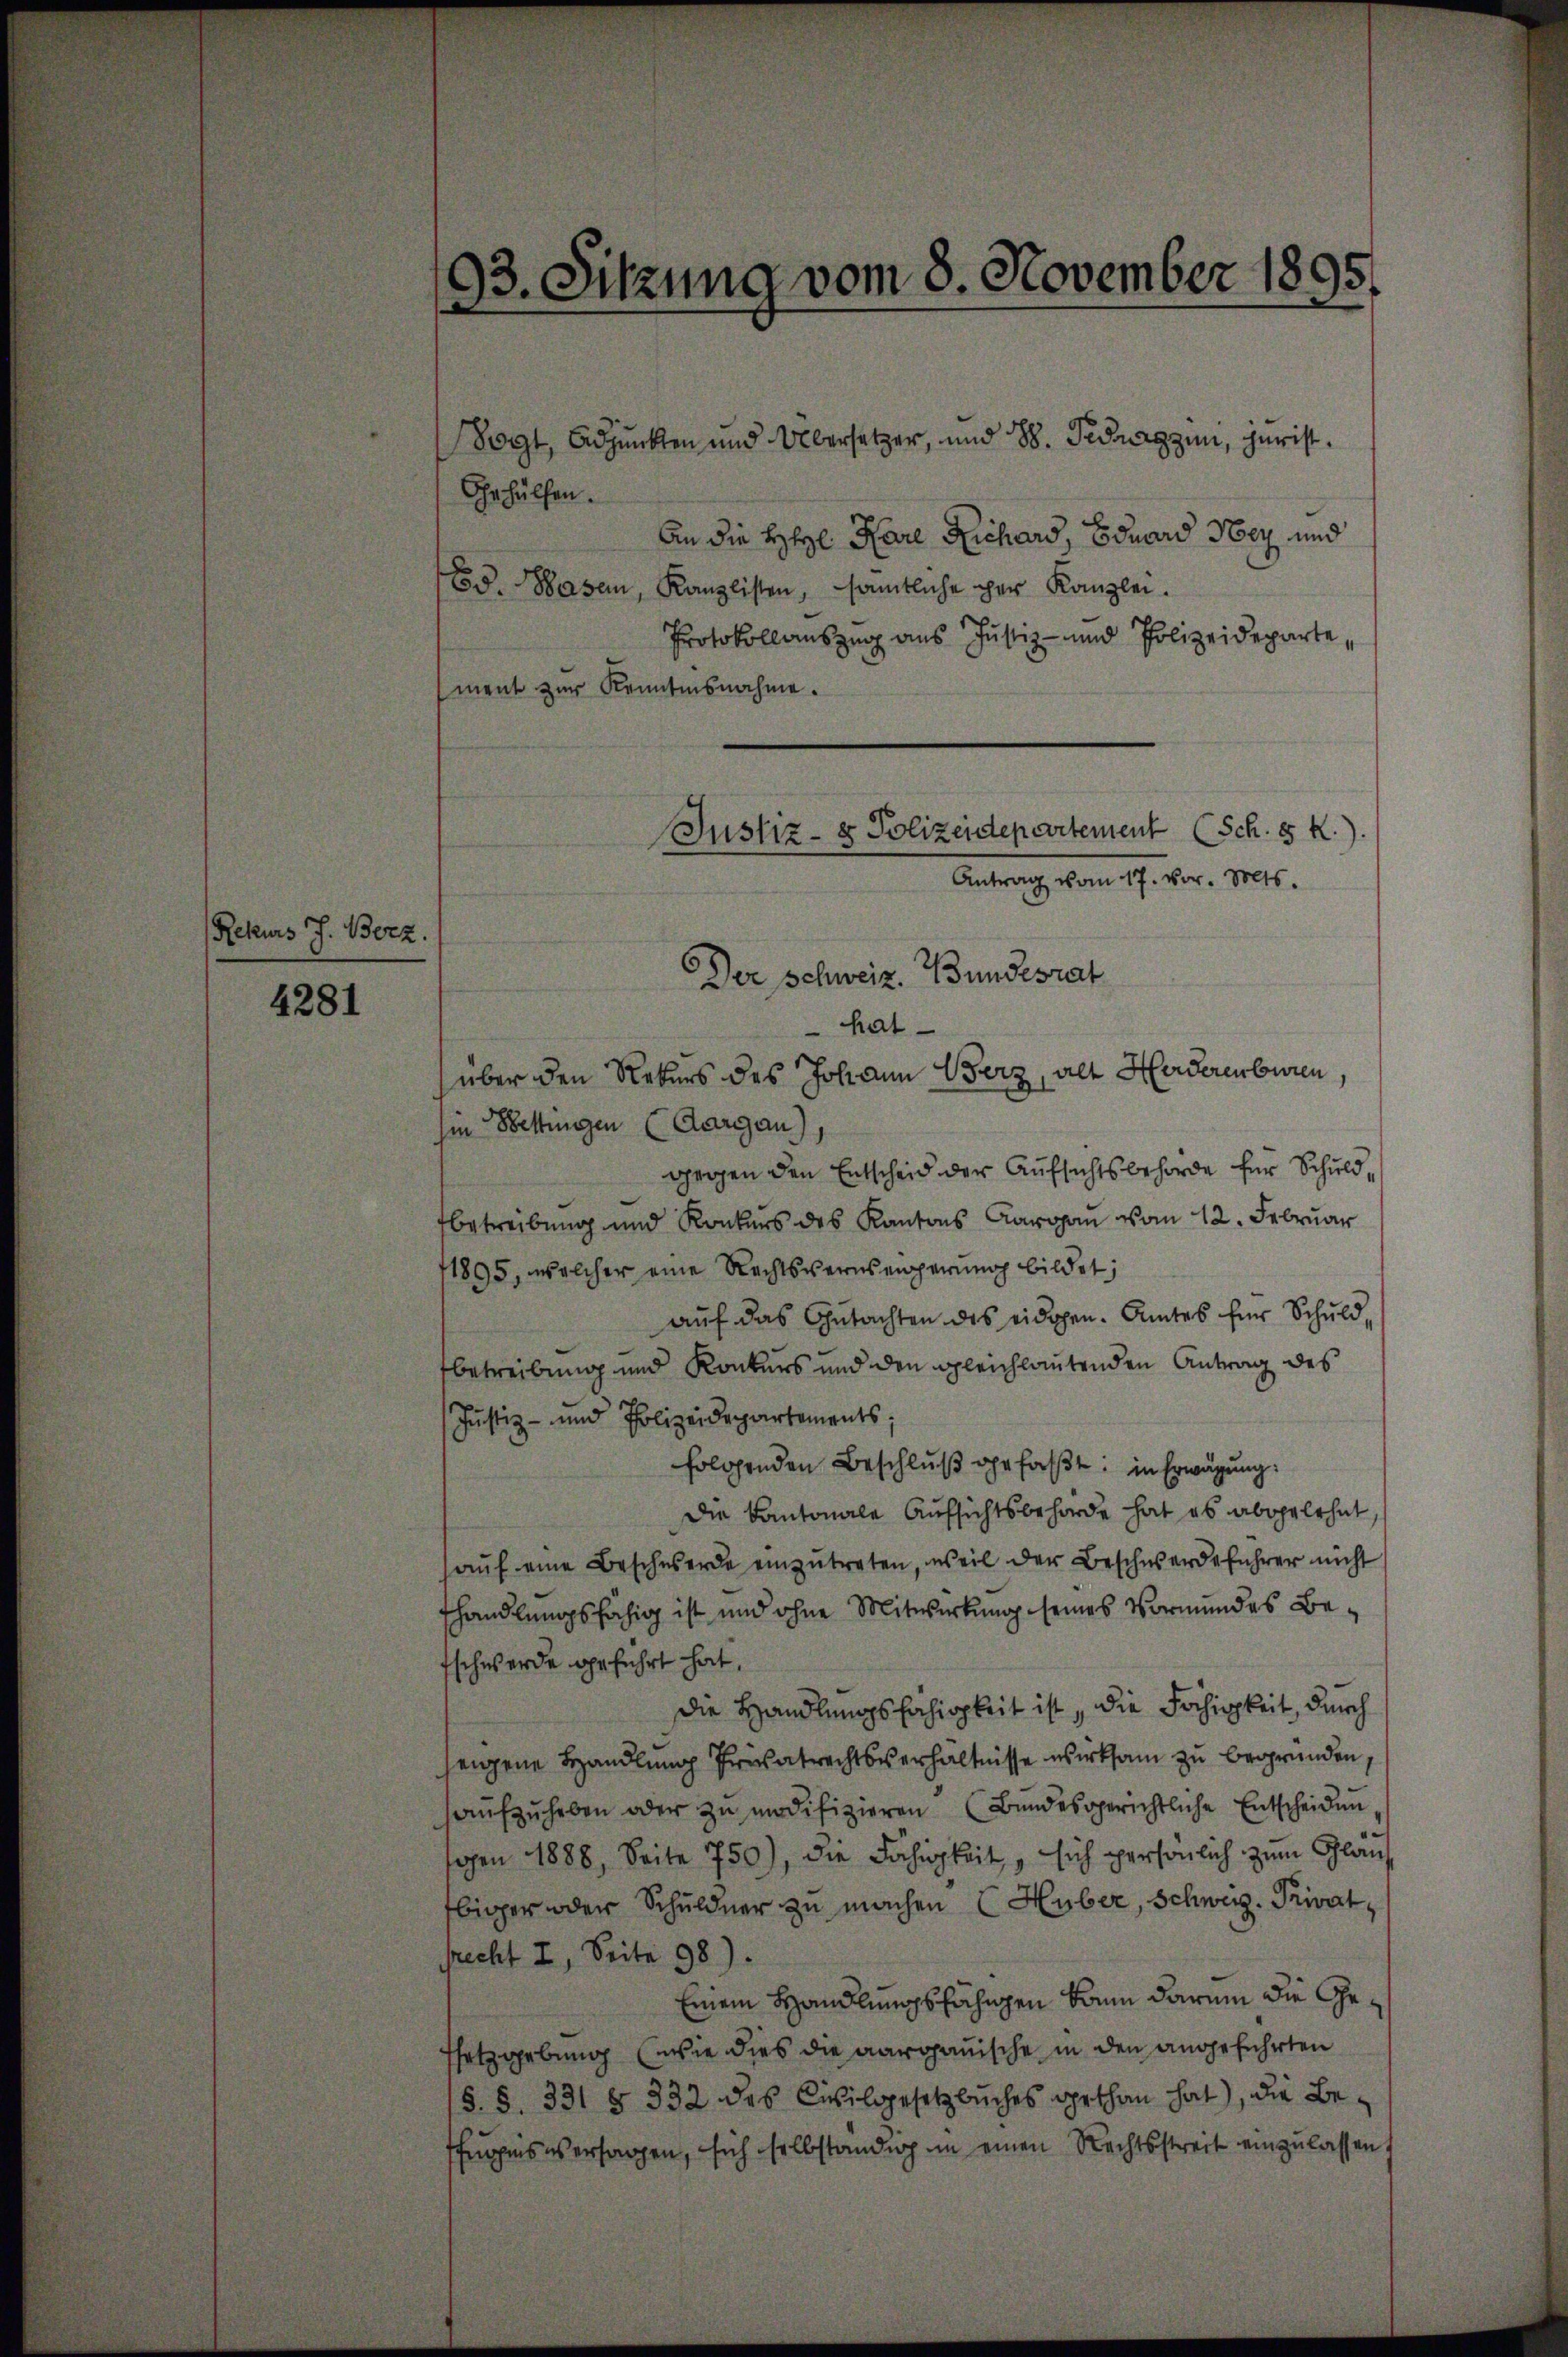
Rekurs J. Borz.

4281

93. Sitzung vom 8. November 1895.

Vogt, Adjunkten und Übersetzer, und 88. Fedrazzen, jurist.
Gehülfen.
An die Heyl. Pare Richard, Eduard Notz und
Ed. Basen, Kanzlisten, sämtliche der Kanzlei.
Protokollauszug aus Justiz- und Polizeideparte,
ment zur Kenntnisnahme.
Der Schweiz. Bundesrat
hat
über den Rekurs des Johann Verz, alt Herderenburen,
hin Bettingen (Aargau),
gegen den Entscheid der Aufsichtsbehörde für Schuldbetreibung und Konkurs des Kantons Aargau vom 12. Februar
11895, welcher eine Rechtsversengerung bildet;
auf das Gutachten des eidgen. Amtes für Schuldbetreibung und Konkurs und den gleichlautenden Antrag des
Justiz- und Polizeidepartements;
folgenden Beschlŭβ gefaßt: in Erwägung:
Die Kantonale Aufsichtsbehörde hat es abgelehnt,
auf eine Beschwerde einzutreten, weil der Beschwerdeführer nicht
fhandlungsfähig ist und ohne Mitwirkung seines Vormundes Be¬
Eschwerde geführt hat,
die Handlungsfähigkeit ist, die Fähigkeit, durch
zeigene Handlung Privatrechtsverhältnisse wirksam zu begründen,
aŭfzŭheben oder zŭ modifizieren (Bŭndesgerichtliche Entscheidun
sogen 1888, Seite 750), die Fähigkeit, sich persönlich zum Glanz
biger oder Schuldner zu machen Huber, Schweiz. Privat
srecht I. Seite 98).
Einem Handlungsfähigen kann darum die Ge¬
Esetzgebung (wie dies die aargauische in den angeführten
(S. S. 331 § 332 des Civilgesetzbuches gethan hat), die Befugnis versagen, sich selbständig in einen Rechtsstreit einzulassen

Justiz- & Polizeidepartement (Sch. 8 K.).
Antrag vom 17. vor. Mts.